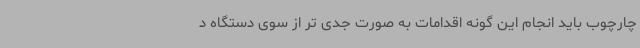
چارچوب باید انجام این گونه اقدامات به صورت جدی تر از سوی دستگاه د